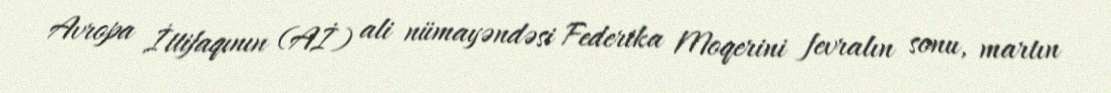
Avropa İttifaqının (Aİ) ali nümayəndəsi Federika Moqerini fevralın sonu, martın